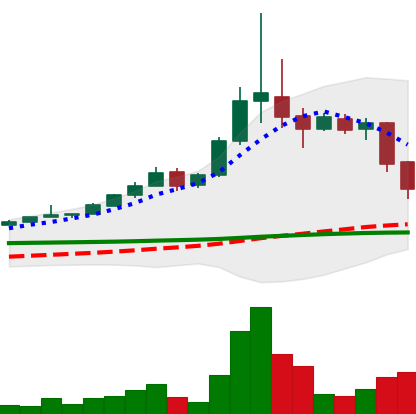
Ticker: BTC-USD
Chart end date: 2015-11-11
Forward return: 6.322%
Label: up_5_7